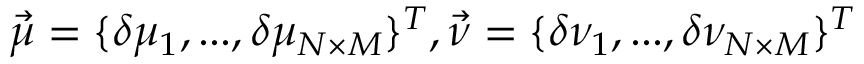
\vec { \mu } = \lbrace \delta \mu _ { 1 } , . . . , \delta \mu _ { N \times M } \rbrace ^ { T } , \vec { \nu } = \lbrace \delta \nu _ { 1 } , . . . , \delta \nu _ { N \times M } \rbrace ^ { T }